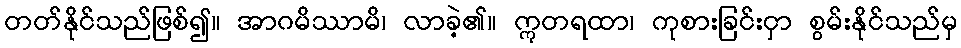
တတ်နိုင်သည်ဖြစ်၍။ အာဂမိဿာမိ၊ လာခဲ့၏။ ဣတရထာ၊ ကုစားခြင်းငှာ စွမ်းနိုင်သည်မှ